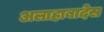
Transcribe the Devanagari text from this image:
अलाहाबादेस